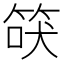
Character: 𰩾